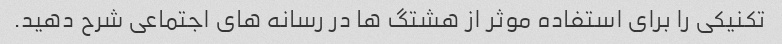
تکنیکی را برای استفاده موثر از هشتگ ها در رسانه های اجتماعی شرح دهید.